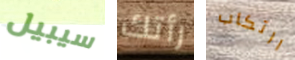
سيبيل رأتك ارتكاب